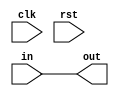
module Mem_Stage #(parameter N = 32)(clk, rst, in, out);
    input clk, rst;
    input [N-1:0]in;
    output [N-1:0] out;
    assign out = in;
endmodule